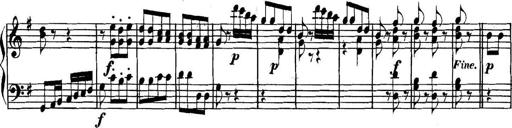
Title: Collected Piano Sonatas
Composer: Muzio Clementi